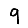
Digit: 9